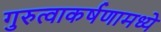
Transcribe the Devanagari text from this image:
गुरुत्वाकर्षणामध्ये